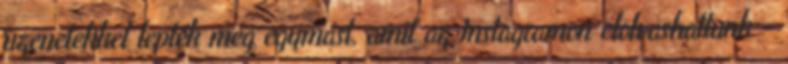
üzenetekkel lepték meg egymást, amit az Instagramon elolvashattunk –